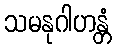
သမနုဂါဟန္တံ